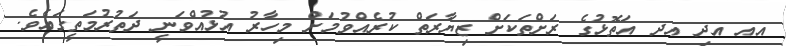
އއ އދި އދ އަތޮޅުގެ ރަށްތަކަށް ޒިޔާރަތް ކުރެއްވުމަށް މިހާރު އުޅުއްވަނީ ދަތުރުމަތީގައެވެ.